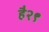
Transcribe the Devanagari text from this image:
है२९